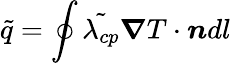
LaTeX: \tilde{q}=\oint\tilde{\lambda_{cp}}\boldsymbol{\nabla}T\cdot\boldsymbol{n}dl